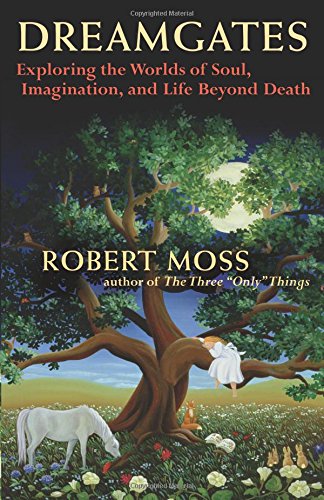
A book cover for Dreamgates: Exploring the Worlds of Soul, Imagination, and Life Beyond Death; Robert Moss; Self-Help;